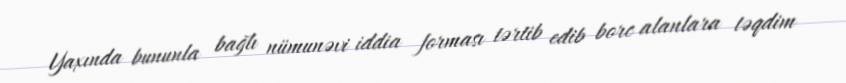
Yaxında bununla bağlı nümunəvi iddia forması tərtib edib borc alanlara təqdim